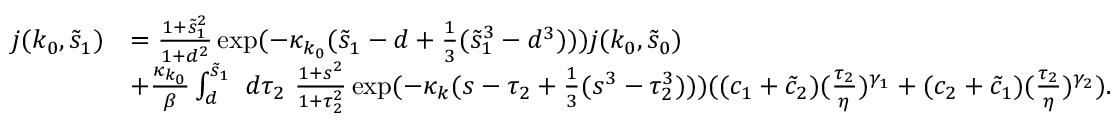
\begin{array} { r l } { j ( k _ { 0 } , \tilde { s } _ { 1 } ) } & { = \frac { 1 + \tilde { s } _ { 1 } ^ { 2 } } { 1 + d ^ { 2 } } \exp ( - \kappa _ { k _ { 0 } } ( \tilde { s } _ { 1 } - d + \frac 1 3 ( \tilde { s } _ { 1 } ^ { 3 } - d ^ { 3 } ) ) ) j ( k _ { 0 } , \tilde { s } _ { 0 } ) } \\ & { + \frac { \kappa _ { k _ { 0 } } } \beta \int _ { d } ^ { \tilde { s } _ { 1 } } \ d \tau _ { 2 } \ \frac { 1 + s ^ { 2 } } { 1 + \tau _ { 2 } ^ { 2 } } \exp ( - \kappa _ { k } ( s - \tau _ { 2 } + \frac 1 3 ( s ^ { 3 } - \tau _ { 2 } ^ { 3 } ) ) ) ( ( c _ { 1 } + \tilde { c } _ { 2 } ) ( \frac { \tau _ { 2 } } \eta ) ^ { \gamma _ { 1 } } + ( c _ { 2 } + \tilde { c } _ { 1 } ) ( \frac { \tau _ { 2 } } \eta ) ^ { \gamma _ { 2 } } ) . } \end{array}